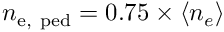
n _ { \mathrm { e , ~ p e d } } = 0 . 7 5 \times \left\langle n _ { e } \right\rangle